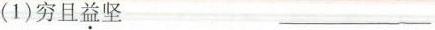
(1)穷且益坚___